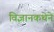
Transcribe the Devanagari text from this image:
विज्ञानकथेने